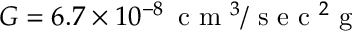
G = 6 . 7 \times 1 0 ^ { - 8 } \, \mathrm { ~ c ~ m ~ } ^ { 3 } / \mathrm { ~ s ~ e ~ c ~ } ^ { 2 } \mathrm { ~ g ~ }